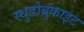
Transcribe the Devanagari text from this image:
स्थुडोब्रुकाइट